Lunatic asylums Madras 1877-1891 - 1877-1891
Year: 1877
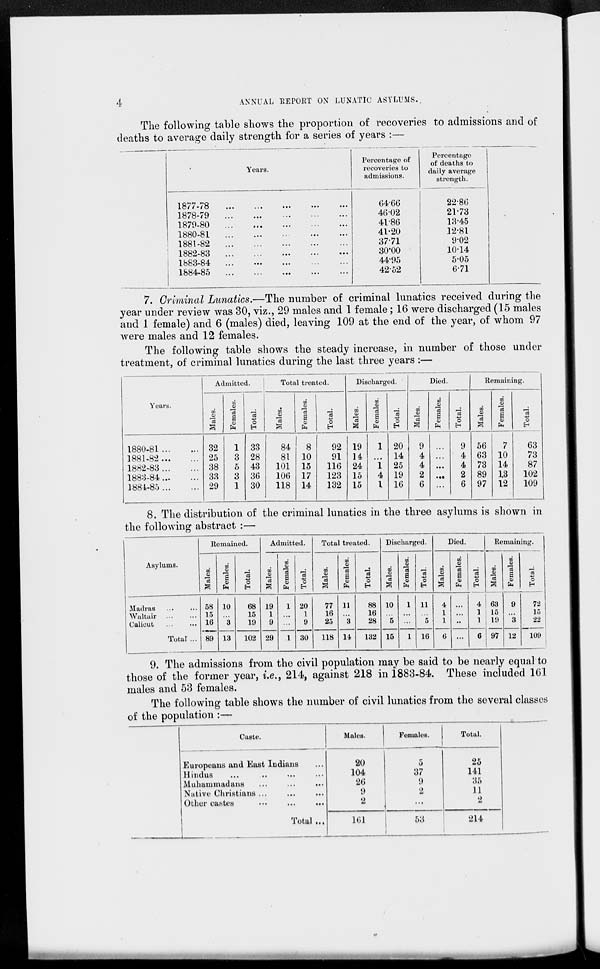
4
ANNUAL REPORT ON LUNATIC ASYLUMS.
The following table shows the proportion of recoveries to admissions and of
deaths to average daily strength for a series of years :—
Years.
1877-78 ... ... ... ... ...
1878-79 ... ... ... ... ...
1879-80 ... ... ... ... ...
1880-81 ... ... ... ... ...
1881-82 ... ... ... ... ...
1882-83 ... ... ... ... ...
1883-84 ... ... ... ... ...
1884-85 ... ... ... ... ...
Percentage of
recoveries to
admissions.
64.66
46.02
41.86
41.20
37.71
30.00
44.95
42.52
Percentage
of deaths to
daily average
strength.
22.86
21.73
13.45
12.81
9.02
10.14
5.05
6.71
7. Criminal Lunatics.—The number of criminal lunatics received during the
year under review was 30, viz., 29 males and 1 female; 16 were discharged (15 males
and 1 female) and 6 (males) died, leaving 109 at the end of the year, of whom 97
were males and 12 females.
The following table shows the steady increase, in number of those under
treatment, of criminal lunatics during the last three years :—
Years.
1880-81 ... ...
1881-82 ... ...
1882-83 ... ...
1883-84 ... ...
1884-85 ... ...
Admitted.
Males.
32
25
38
33
29
Females.
1
3
5
3
1
Total.
33
28
43
36
30
Total treated.
Males.
84
81
101
106
118
Females.
8
10
15
17
14
Total.
92
91
116
123
132
Discharged.
Males.
19
14
24
15
15
Females.
1
...
1
4
1
Total.
20
14
25
19
16
Died.
Males.
9
4
4
2
6
Females.
...
...
...
...
...
Total.
9
4
4
2
6
Remaining.
Males.
56
63
73
89
97
Females.
7
10
14
13
12
Total.
63
73
87
102
109
8. The distribution of the criminal lunatics in the three asylums is shown in
the following abstract :—
Asylums.
Madras ... ...
Waltair ... ...
Calicut ... ...
Total ...
Remained.
Males.
58
15
16
89
Femles.
10
...
3
13
Total.
68
15
19
102
Admitted.
Males.
19
1
9
29
Females.
1
...
...
1
Total.
20
1
9
30
Total treated.
Males.
77
16
25
118
Females.
11
...
3
14
Total.
88
16
28
132
Discharged.
Males.
10
...
5
15
Females.
1
...
...
1
Total.
11
...
5
16
Died.
Males.
4
1
1
6
Females.
...
...
...
...
Total.
4
1
1
6
Remaining.
Males.
63
15
19
97
Females.
9
...
3
12
Total.
72
15
22
109
9. The admissions from the civil population may be said to be nearly equal to
those of the former year, i.e., 214, against 218 in 1883-84. These included 161
males and 53 females.
The following table shows the number of civil lunatics from the several classes
of the population :—
Caste.
Europeans and East Indians ...
Hindus ... ... ... ...
Muhammadans ... ... ...
Native Christians ... ... ...
Other castes ... ... ...
Total ...
Males.
20
104
26
9
2
161
Females.
5
37
9
2
...
53
Total.
25
141
35
11
2
214